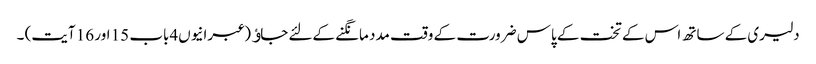
دلیری کے ساتھ اس کے تخت کے پاس ضرورت کے وقت مدد مانگنے کےلئے جاﺅ (عبرانیوں4باب 15 اور 16 آیت) ۔